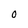
Character: O